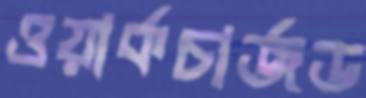
ওয়ার্কচার্জড